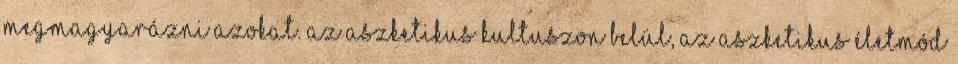
megmagyarázni azokat. Az aszketikus kultuszon belül, az aszketikus életmód